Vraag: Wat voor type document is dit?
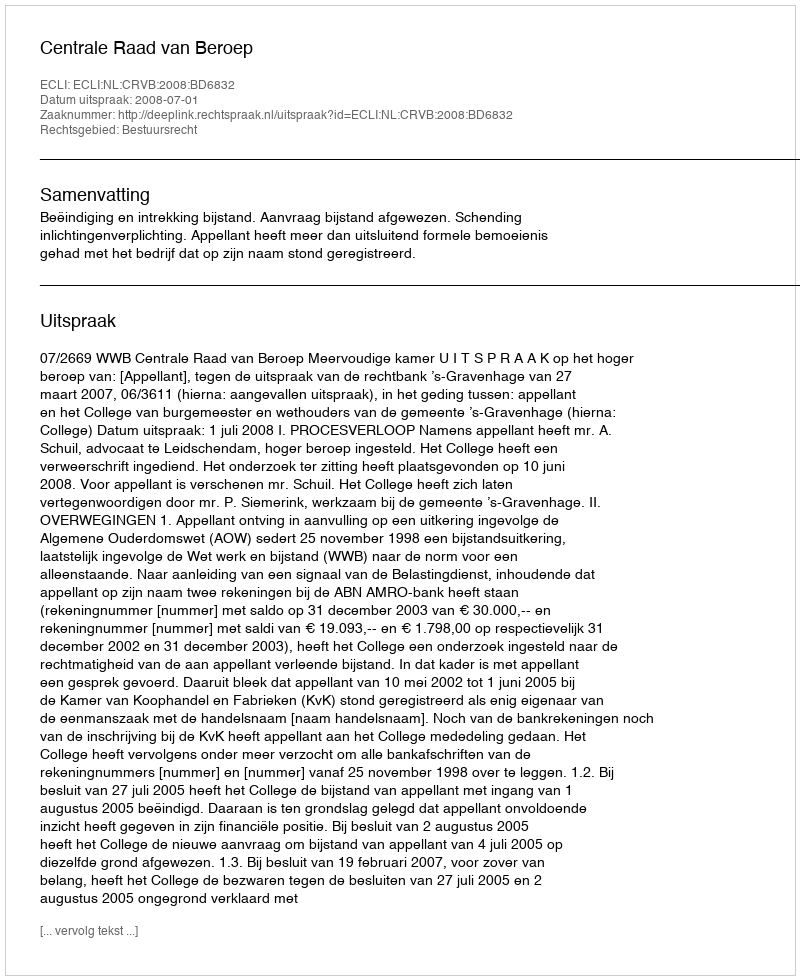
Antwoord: Uitspraak